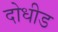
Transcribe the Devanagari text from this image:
दोधीड